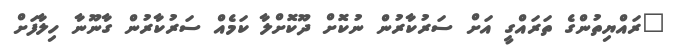
"ރައްޔިތުންގެ ތަރައްގީ އަށްް ސަރުކާރުން ނުކޮށް ދޫކޮށްލާ ކަމެއް ސަރުކާރުން ގާނޫނާ ހިލާފަށް